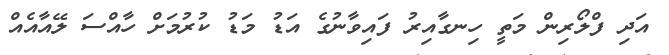
އަދި ފްލޯރިން މަތީ ހިނގާއިރު ފައިވާނުގެ އަޑު މަޑު ކުރުމަށް ހާއްސަ ލޭއާއެއް